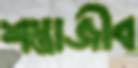
শস্ত্রাজীব